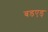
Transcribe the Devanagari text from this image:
बडएड्